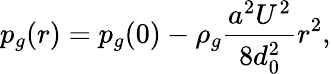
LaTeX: p_{g}(r)=p_{g}(0)-\rho_{g}\frac{a^{2}U^{2}}{8d_{0}^{2}}r^{2},